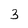
Character: 3